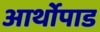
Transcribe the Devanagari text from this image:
आर्थोपाड